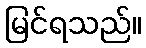
မြင်ရသည်။